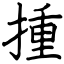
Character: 揰